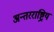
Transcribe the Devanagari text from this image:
अन्तरराष्ट्रिय